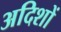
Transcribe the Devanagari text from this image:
अदिशों